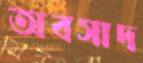
অবসাদ